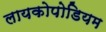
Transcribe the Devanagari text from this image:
लायकोपोडियम